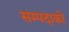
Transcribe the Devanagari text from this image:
सम्पदाको